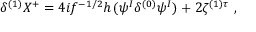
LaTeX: \delta ^ { ( 1 ) } X ^ { + } = 4 i f ^ { - 1 / 2 } h \, ( \psi ^ { I } \delta ^ { ( 0 ) } \psi ^ { I } ) + 2 \zeta ^ { ( 1 ) \tau } ~ ,